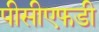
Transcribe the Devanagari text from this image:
पीसीएफडी